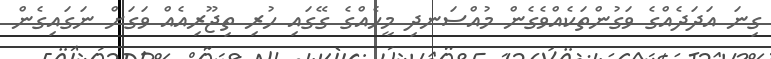
ގިނަ އަދަދެއްގެ ވަގުންތަކެއްވެގެން މުއްސަނދި މީހެއްގެ ގޭގައި ހުރި ތިޖޫރިއެއް ވަގަށް ނަގައިގެން